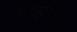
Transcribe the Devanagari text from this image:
पशुसंबंधी